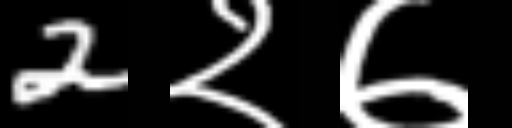
Text: 2२७